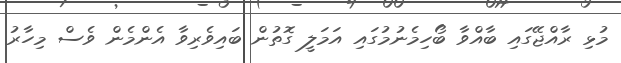
މުޅި ރާއްޖޭގައި ބާއްވާ ބޯހިމެނުމުގައި އަމަލީ ގޮތުން ބައިވެރިވާ އެންމެން ވެސް މިހާރު